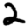
Digit: 2